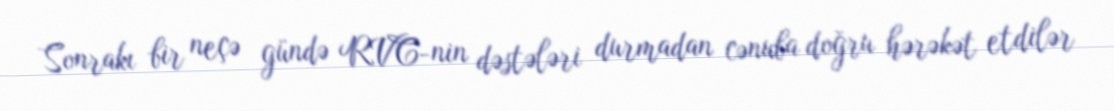
Sonrakı bir neçə gündə RVC-nin dəstələri durmadan cənuba doğru hərəkət etdilər